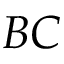
B C